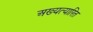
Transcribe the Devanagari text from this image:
अख्यत्यारित